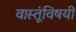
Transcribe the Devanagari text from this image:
वास्तूंविषयी